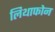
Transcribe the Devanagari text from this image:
लिथाफोन